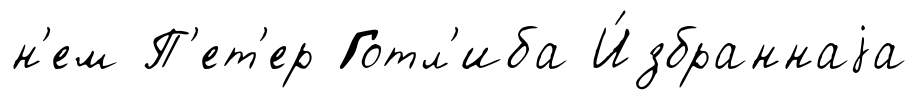
н'ем П'ет'ер Готл'иба И́збраннаjа